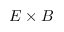
E \times B